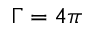
\Gamma = 4 \pi